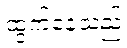
ထွက်နေသည်